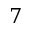
7